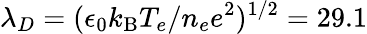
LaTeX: \lambda_{D}=(\epsilon_{0}k_{\mathrm{B}}T_{e}/n_{e}e^{2})^{1/2}=29.1